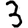
Digit: 3